Papers set at the Examination for Leaving Certificates, 1895
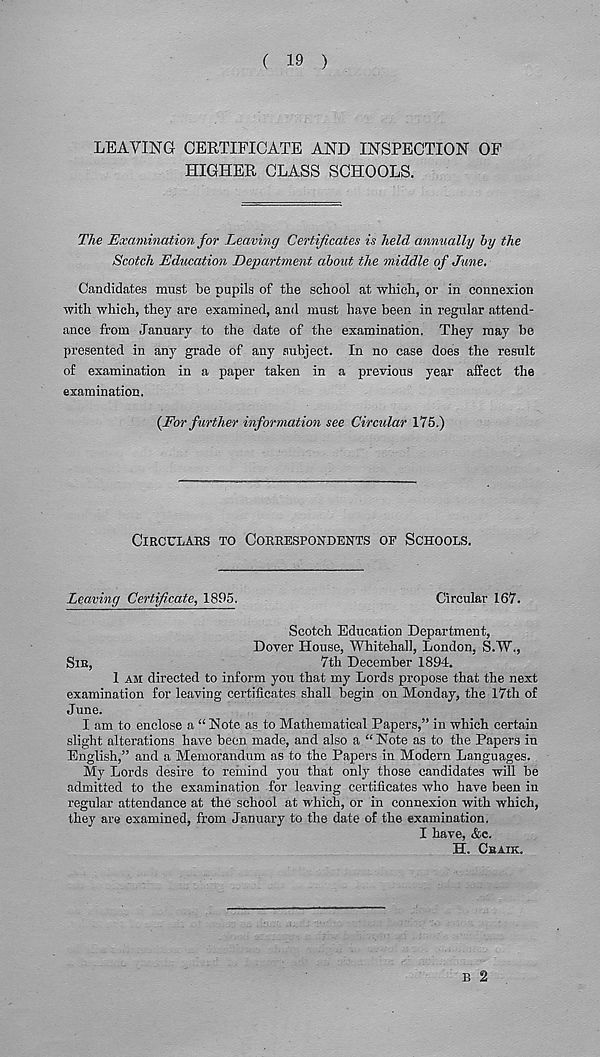
( 19 )
LEAVING CERTIFICATE AND INSPECTION OF
HIGHER CLASS SCHOOLS.
The Examination for Leaving Certificates is held annually by the
Scotch Education Department about the middle of June.
Candidates must be pupils of the school at which, or in connexion
with which, they are examined, and must have been in regular attend-
ance from January to the date of the examination. They may be
presented in any grade of any subject. In no case does the result
of examination in a paper taken in a previous year affect the
examination.
{For further information see Circular 175.)
CIRCULARS TO CORRESPONDENTS OF SCHOOLS.
Leaving Certificate, 1895.
Circular 167.
Scotch Education Department,
Dover House, Whitehall, London, S.W.,
SIR,
7th December 1894.
1 AM directed to inform you that my Lords propose that the next
examination for leaving certificates shall begin on Monday, the 17th of
June.
I am to enclose a “ Note as to Mathematical Papers,” in which certain
slight alterations have been made, and also a “ Note as to the Papers in
English,” and a Memorandum as to the Papers in Modern Languages.
My Lords desire to remind you that only those candidates will be
admitted to the examination for leaving certificates who have been in
regular attendance at the school at which, or in connexion with which,
they are examined, from January to the date of the examination.
I have, &c.
H. CEAIK.
B 2